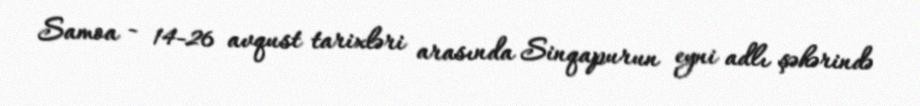
Samoa - 14-26 avqust tarixləri arasında Sinqapurun eyni adlı şəhərində